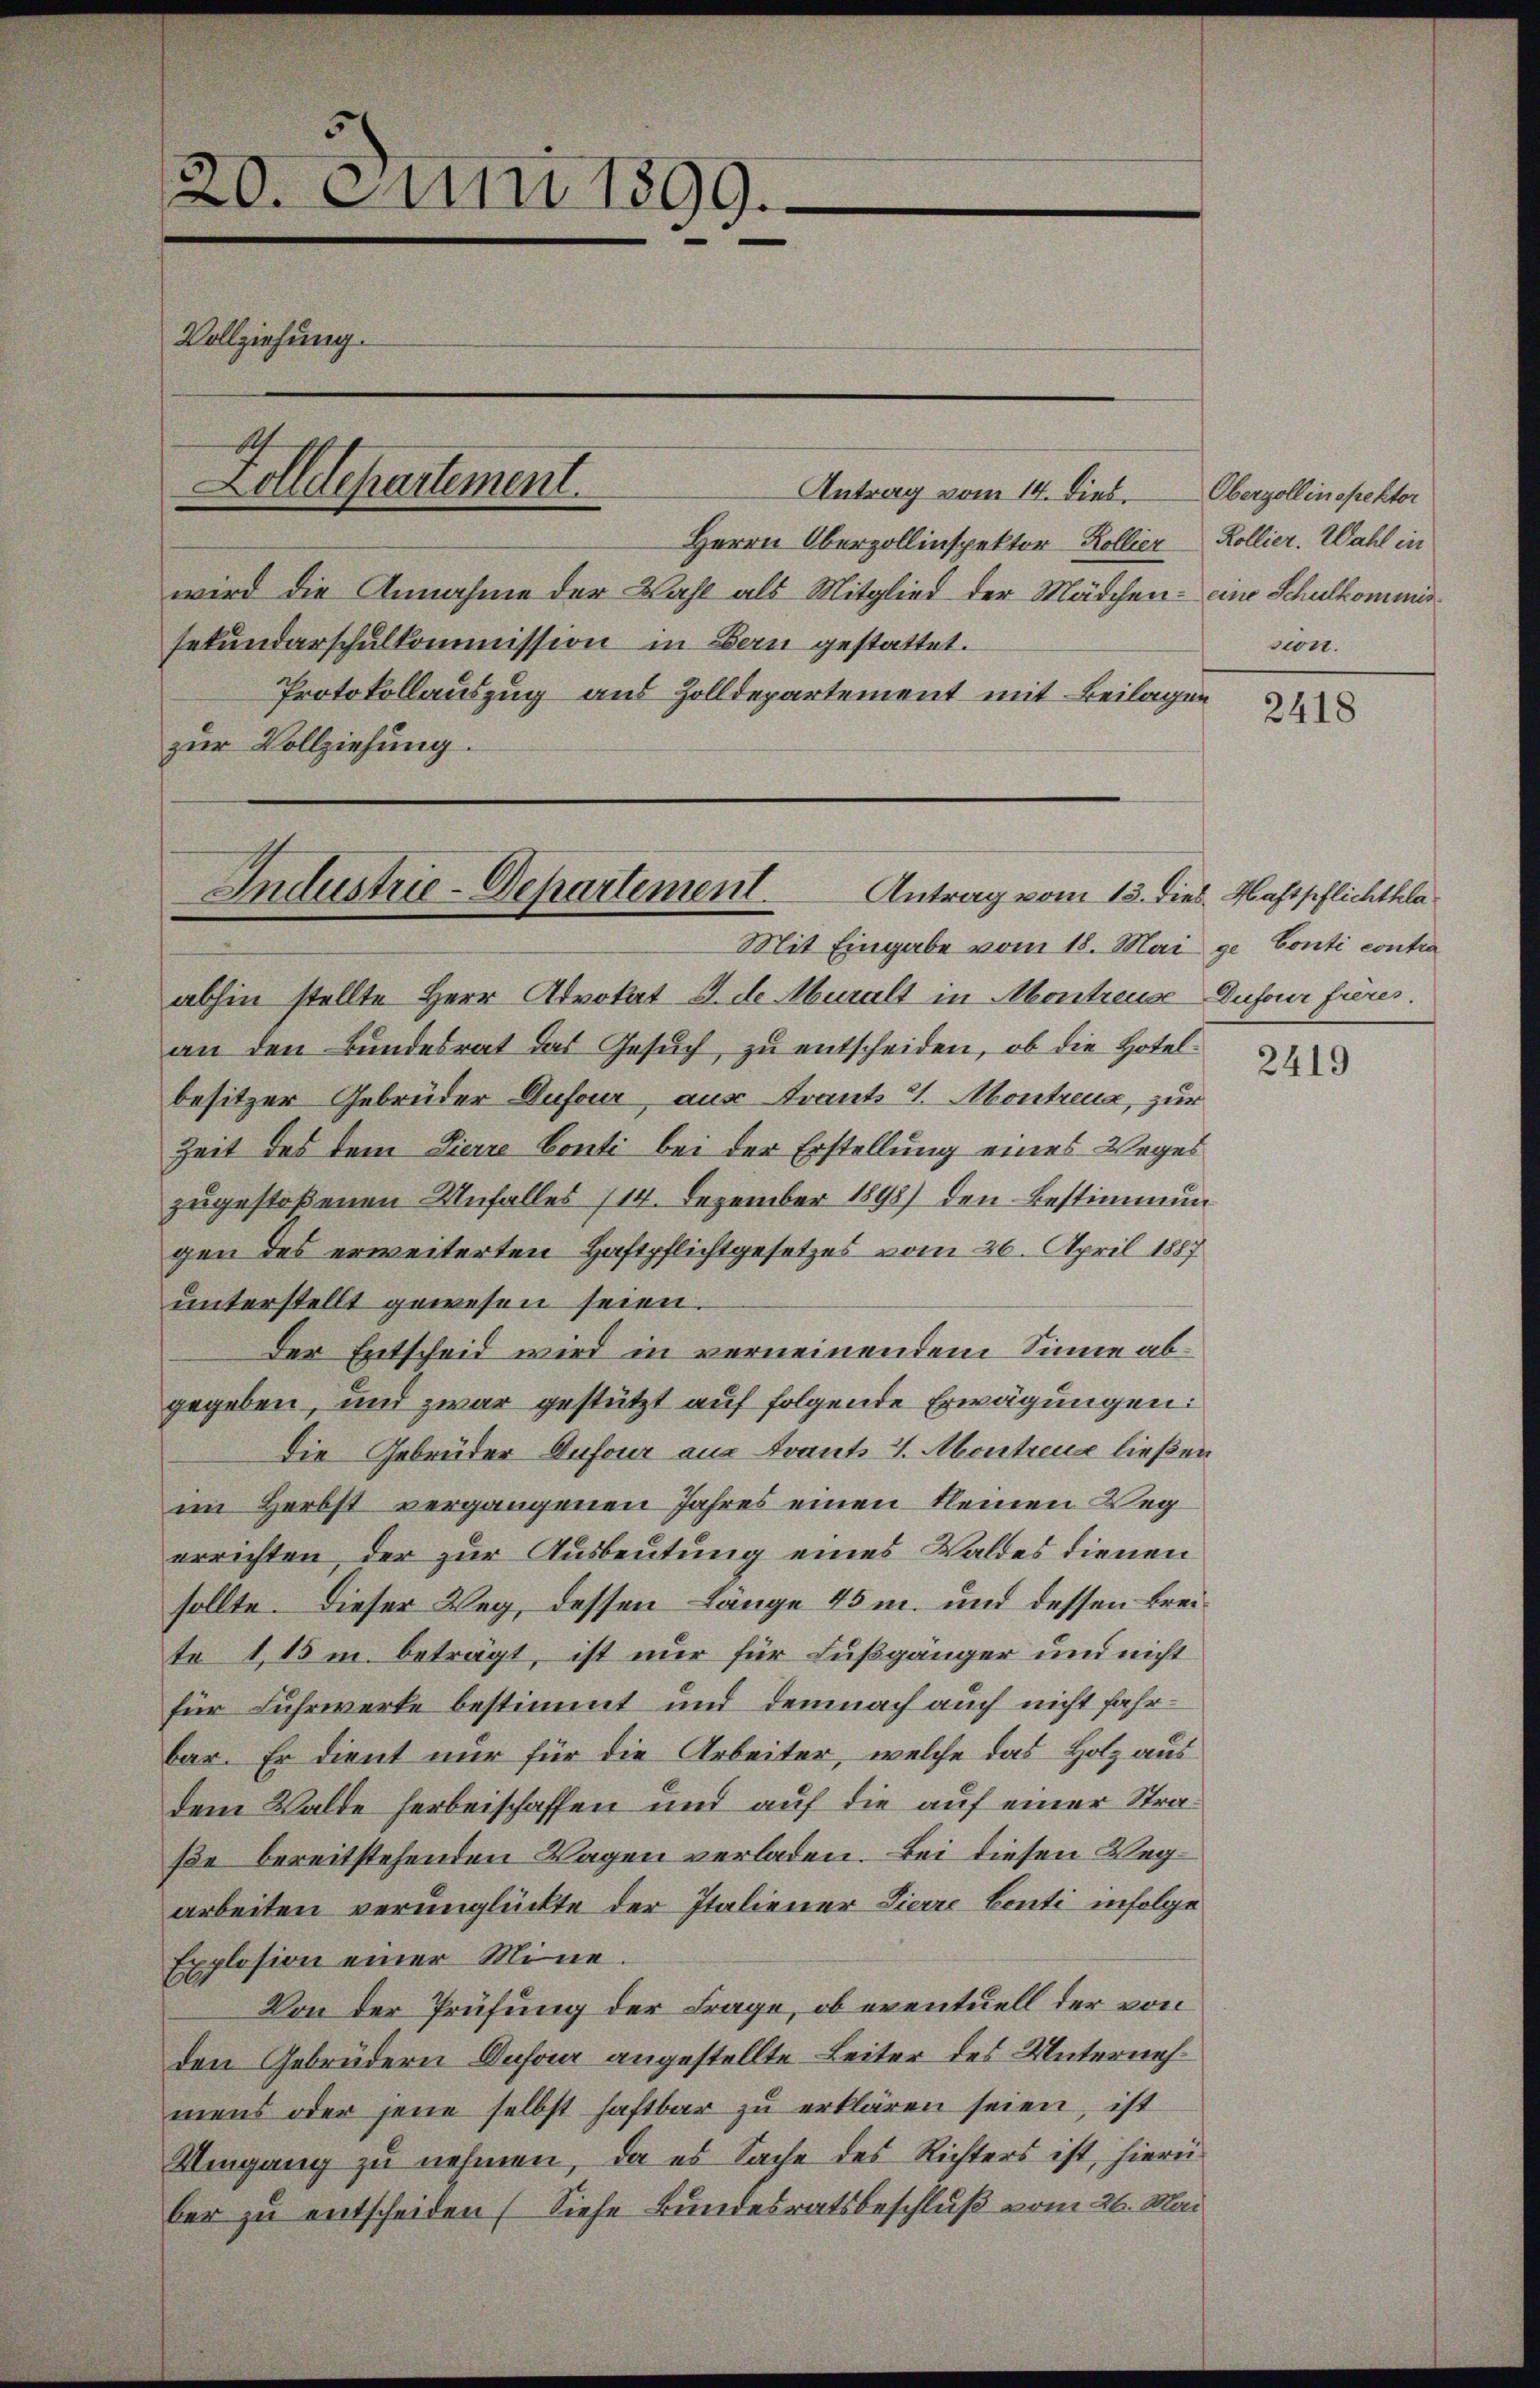
Antrag vom 14. Dieb. Oberzollinspektor
Herrn Oberzollinspektor Kollier Kollier. Wahl in
wird die Annahme der Wahl als Mitglied der Mädchen - am Schulkommissekundarschulkommission in Bern gestattet.
Protokollauszug aus Zolldepartement mit Beilagen
zur Vollziehung.

20. Juni 1899.
Vollziehung.
1
Zolldepartement.

Industrie-Departement.
Antrag vom 13. dies
Mit Eingabe vom 18. Mai

abhin stellte Herr Advokat J. de Muralt in Akontreuse
an den Bundesrat das Gesuch, zu entscheiden, ob die Hotel-
besitzer Gebrüder Dufour, aus Frant J. Montreux, zur
Zeit des dem Zierre Conti bei der Erstellung eines Weges
zugestoßenen Unfalles 114. Dezember 1898) den Bestimmun
gen des erweiterten Haftpflichtgesetzes vom 26. April 1887
unterstellt gewesen seien.
Der Entscheid wird in verneinendem Sinne abgegeben, und zwar gestützt auf folgende Erwägungen:
Die Gebrüder Dufour aus Avant J. Montreu ließen
im Herbst vergangenen Jahres einen kleinen Weg
errichten, der zur Ausbeutung eines Waldes dienen
sollte. Dieser Weg, dessen Länge 45 m. und dessen Breite 115 u. beträgt, ist nur für Fußgänger und nicht
für Fuhrwerke bestimmt und demnach auch nicht fahrbar. Er dient nur für die Arbeiter, welche das Holz aus
dem Walde herbeischaffen und auf die auf einer Straße bereitstehenden Wagen verladen. Bei diesen Wegarbeiten verunglückte der Italiener Zierre Conti infolge
Explosion einer Mine.
Von der Prüfung der Frage, ob eventuell der von
den Gebrüdern Anfra angestellte Leiter des Unternehmens oder jene selbst haftbar zu erklären seien, ist
Umgang zu nehmen, da es Sache des Richters ist, hierüber zu entscheiden (Siehe Bundesratsbeschluß vom 26. Mai

sion.

2418

Haftpflichtklage Conti contra
Dufour frères.

2419